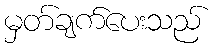
မှတ်ချက်ပေးသည်